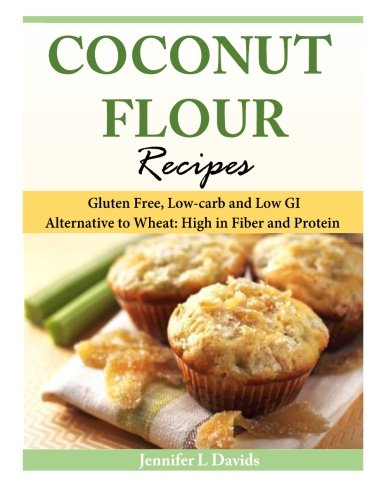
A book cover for Coconut Flour Recipes: Gluten Free, Low-carb and Low GI Alternative to Wheat: High in Fiber and Protein; Jennifer L Davids; Cookbooks, Food & Wine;